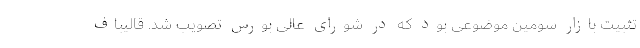
تثبیت بازار سومین موضوعی بود که در شورای عالی بورس تصویب شد. قالیباف